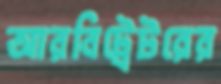
আরবিট্রেটরের